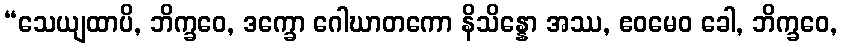
“သေယျထာပိ, ဘိက္ခဝေ, ဒက္ခော ဂေါဃာတကော နိသိန္နော အဿ, ဧဝမေဝ ခေါ, ဘိက္ခဝေ,